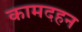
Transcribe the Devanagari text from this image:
कामदहन